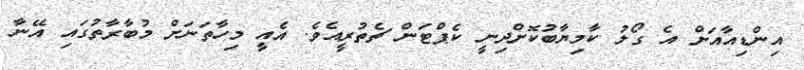
އިންޑިއާއަށް އެ ގޯލު ކާމިޔާބުކޮށްދިނީ ކެޕްޓަން ޗެތުރީއެވެ. އެއީ މިހާތަނަށް މުބާރާތުގައި އޭނާ